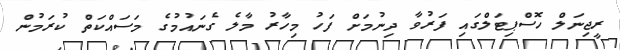
ރީޖިނަލް ހޮސްޕިޓަލްގައި ފަރުވާ ދިނުމަށް ފަހު މިހާރު މާލެ ގެނައުމުގެ މަސައްކަތް ކުރަމުން